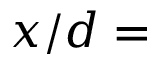
x / d =